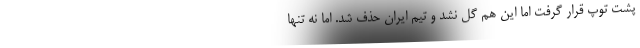
پشت توپ قرار گرفت اما این هم گل نشد و تیم ایران حذف شد. اما نه تنها